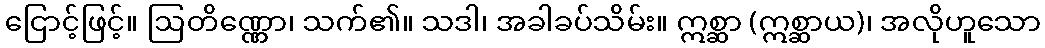
ငြောင့်ဖြင့်။ ဩတိဏ္ဏော၊ သက်၏။ သဒါ၊ အခါခပ်သိမ်း။ ဣစ္ဆာ (ဣစ္ဆာယ)၊ အလိုဟူသော